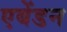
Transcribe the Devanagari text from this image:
एबेंडन